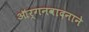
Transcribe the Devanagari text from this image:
ऑर्गनवादनाने